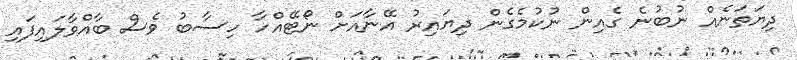
ދިޔަތަނެއް ނުބުނެ ގެއިން ނުކުމެގެން ދިޔައިރު އޭނާއަށް ނޯޓޭއްހާ ހިސާބު ވެސް ބާއްވާލައިފައި